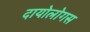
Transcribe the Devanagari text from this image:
दायोलोगस